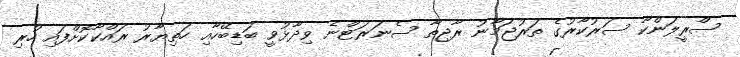
ސްރީލަންކާ ސަރުކާރުގެ ތަރުޖަމާނު ރާޖިތާ ސެނަރަޓްނެ ވިދާޅުވީ ބަޑިބޭހާއި ހަތިޔާރު ރައްކާކޮށްފައި ހުރި